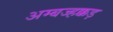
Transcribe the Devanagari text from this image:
अम्बज्हक्कड़